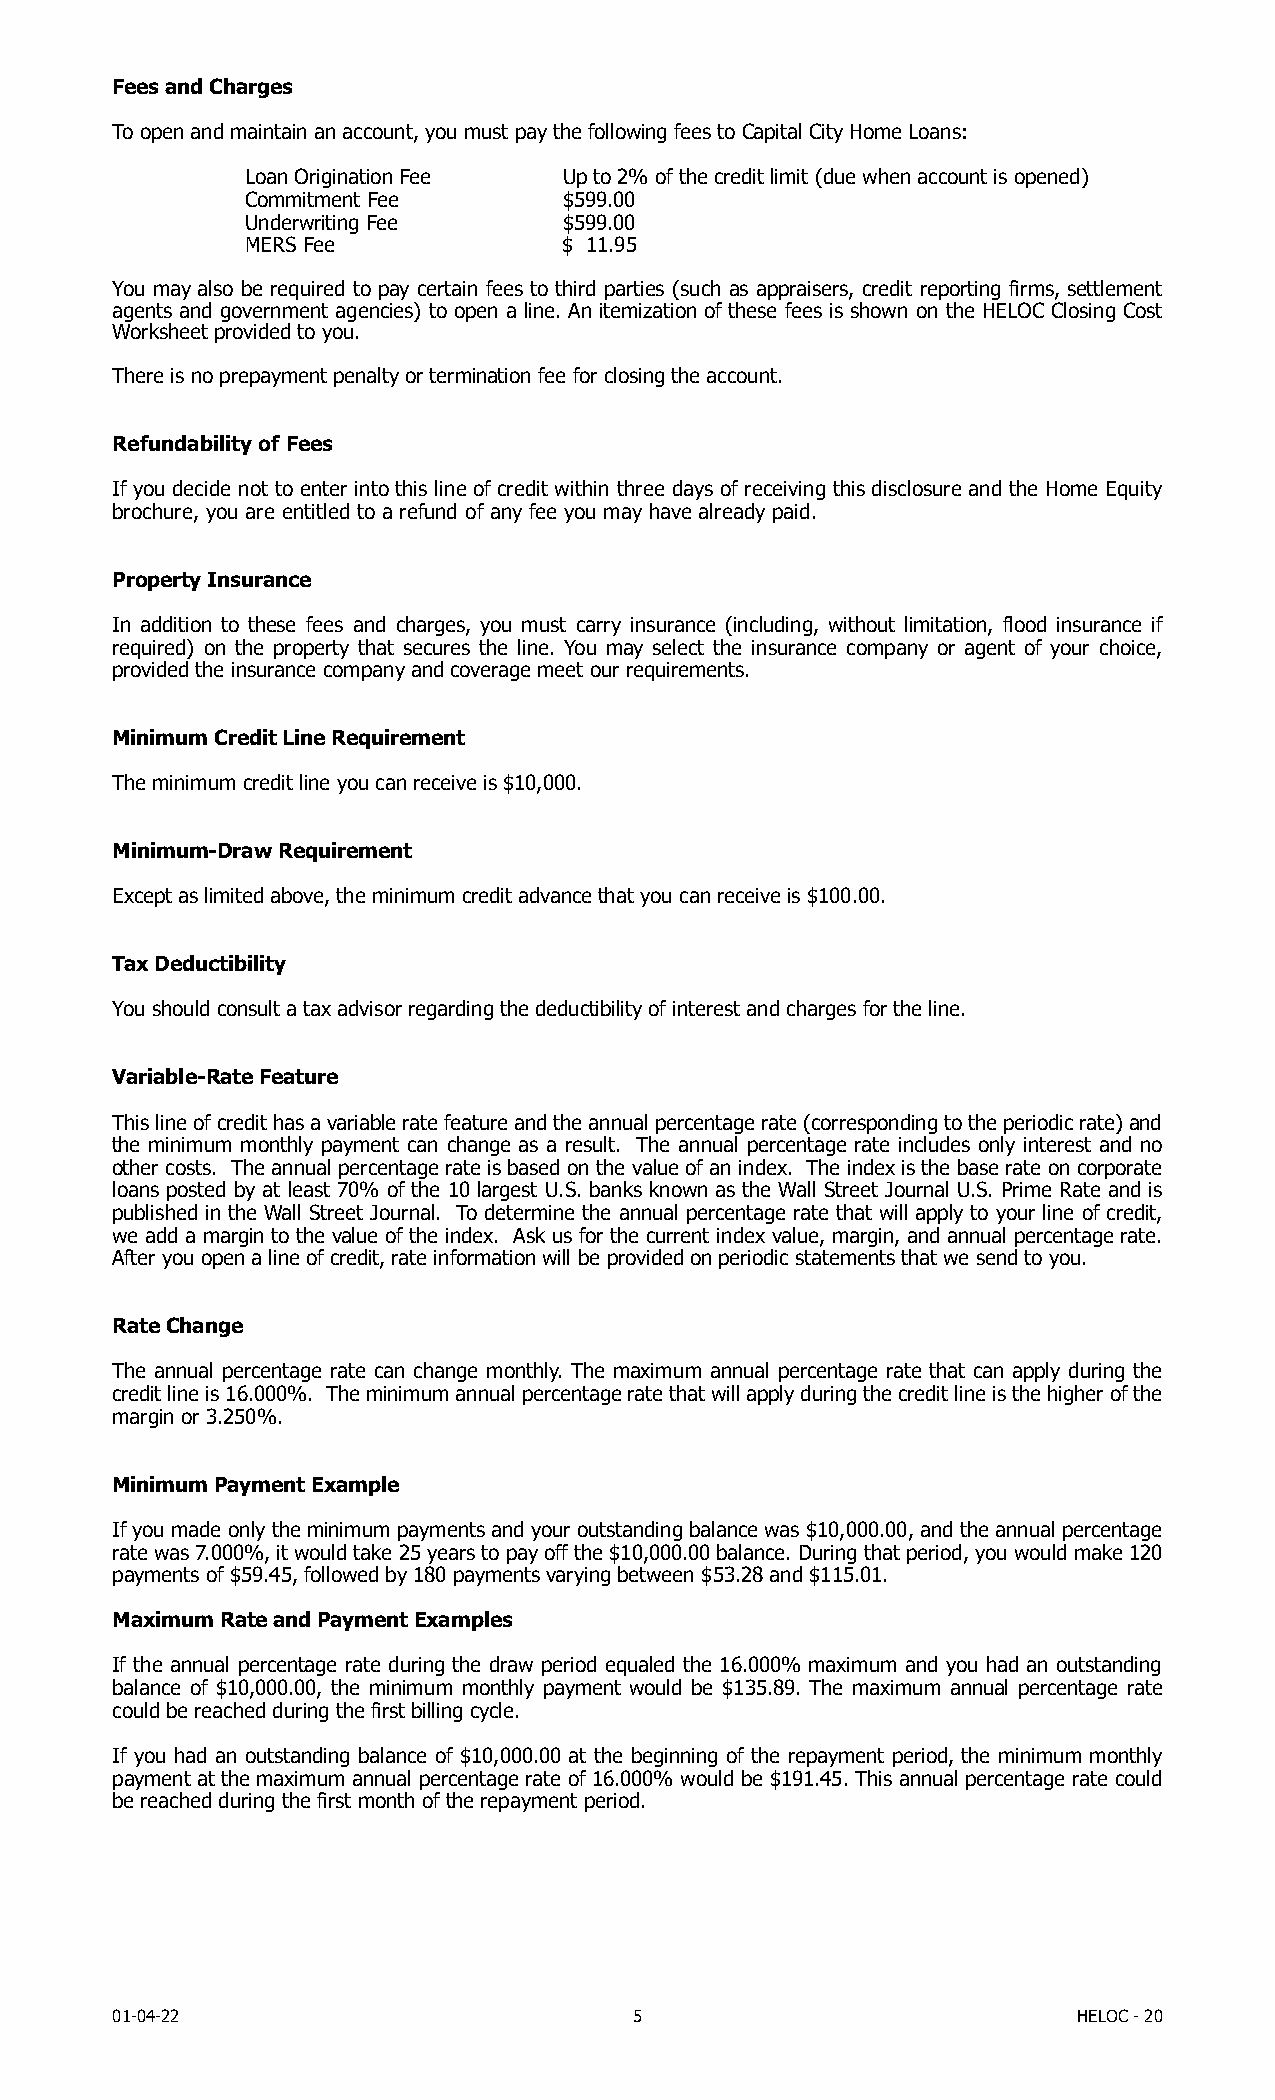
Fees and Charges
 To open and maintain an account, you must pay the following fees to Capital City Home Loans:
 Loan Origination Fee Up to 2% of the credit limit (due when account is opened)
 Commitment Fee       $599.00
 Underwriting Fee     $599.00
 MERS Fee             $ 11.95
 You may also be required to pay certain fees to third parties (such as appraisers, credit reporting firms, settlement
 agents and government agencies) to open a line. An itemization of these fees is shown on the HELOC Closing Cost
 Worksheet provided to you.
 There is no prepayment penalty or termination fee for closing the account.
 Refundability of Fees
 If you decide not to enter into this line of credit within three days of receiving this disclosure and the Home Equity
 brochure, you are entitled to a refund of any fee you may have already paid.
 Property Insurance
 In addition to these fees and charges, you must carry insurance (including, without limitation, flood insurance if
 required) on the property that secures the line. You may select the insurance company or agent of your choice,
 provided the insurance company and coverage meet our requirements.
 Minimum Credit Line Requirement
 The minimum credit line you can receive is $10,000.
 Minimum-Draw Requirement
 Except as limited above, the minimum credit advance that you can receive is $100.00.
 Tax Deductibility
 You should consult a tax advisor regarding the deductibility of interest and charges for the line.
 Variable-Rate Feature
 This line of credit has a variable rate feature and the annual percentage rate (corresponding to the periodic rate) and
 the minimum monthly payment can change as a result. The annual percentage rate includes only interest and no
 other costs. The annual percentage rate is based on the value of an index. The index is the base rate on corporate
 loans posted by at least 70% of the 10 largest U.S. banks known as the Wall Street Journal U.S. Prime Rate and is
 published in the Wall Street Journal. To determine the annual percentage rate that will apply to your line of credit,
 we add a margin to the value of the index. Ask us for the current index value, margin, and annual percentage rate.
 After you open a line of credit, rate information will be provided on periodic statements that we send to you.
 Rate Change
 The annual percentage rate can change monthly. The maximum annual percentage rate that can apply during the
 credit line is 16.000%. The minimum annual percentage rate that will apply during the credit line is the higher of the
 margin or 3.250%.
 Minimum Payment Example
 If you made only the minimum payments and your outstanding balance was $10,000.00, and the annual percentage
 rate was 7.000%, it would take 25 years to pay off the $10,000.00 balance. During that period, you would make 120
 payments of $59.45, followed by 180 payments varying between $53.28 and $115.01.
 Maximum Rate and Payment Examples
 If the annual percentage rate during the draw period equaled the 16.000% maximum and you had an outstanding
 balance of $10,000.00, the minimum monthly payment would be $135.89. The maximum annual percentage rate
 could be reached during the first billing cycle.
 If you had an outstanding balance of $10,000.00 at the beginning of the repayment period, the minimum monthly
 payment at the maximum annual percentage rate of 16.000% would be $191.45. This annual percentage rate could
 be reached during the first month of the repayment period.
 01-04-22                           5                            HELOC - 20